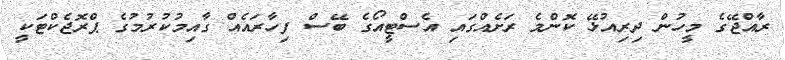
ރާއްޖޭގެ މީހުން ދިރިއުޅޭ ކޮންމެ ރަށެއްގައި އެސްޓީއޯގެ ބޭސް ފިހާރައެއް ގާއިމުކުރުމުގެ ޕްރޮޖެކްޓަކީ